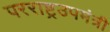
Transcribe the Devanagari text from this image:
परराष्ट्रउपमंत्री